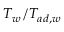
T _ { w } / T _ { a d , w }